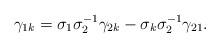
LaTeX: \begin{align*}\gamma_{1k} = \sigma_1 \sigma_2^{-1} \gamma_{2k} - \sigma_k \sigma_2^{-1} \gamma_{21}.\end{align*}